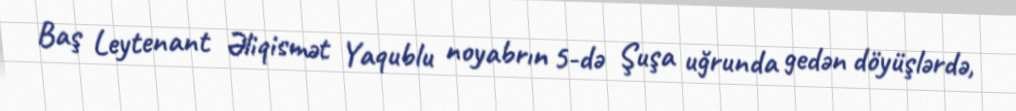
Baş Leytenant Əliqismət Yaqublu noyabrın 5-də Şuşa uğrunda gedən döyüşlərdə,